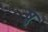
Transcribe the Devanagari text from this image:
षु